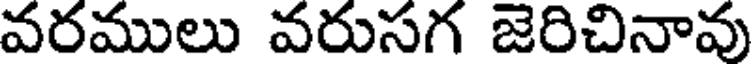
వరములు వరుసగ జెరిచినావు